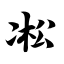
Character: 凇